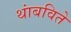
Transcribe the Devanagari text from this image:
थांबविते